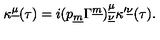
\kappa ^ { \underline { \mu } } ( \tau ) = i ( p _ { \underline { m } } \Gamma ^ { \underline { m } } ) _ { \underline { { \nu } } } ^ { \underline { { \mu } } } \kappa ^ { \prime \underline { { \nu } } } ( \tau ) .